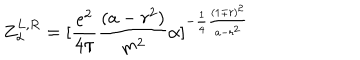
Z _ { \alpha } ^ { L , R } = [ { \frac { e ^ { 2 } } { 4 \pi } } { \frac { ( a - r ^ { 2 } ) } { m ^ { 2 } } } \alpha ] ^ { - { \frac { 1 } { 4 } } { \frac { ( 1 \mp r ) ^ { 2 } } { a - r ^ { 2 } } } }